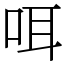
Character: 咡